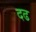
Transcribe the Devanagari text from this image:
दढ